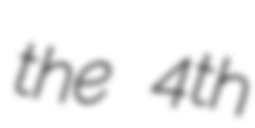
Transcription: the 4th